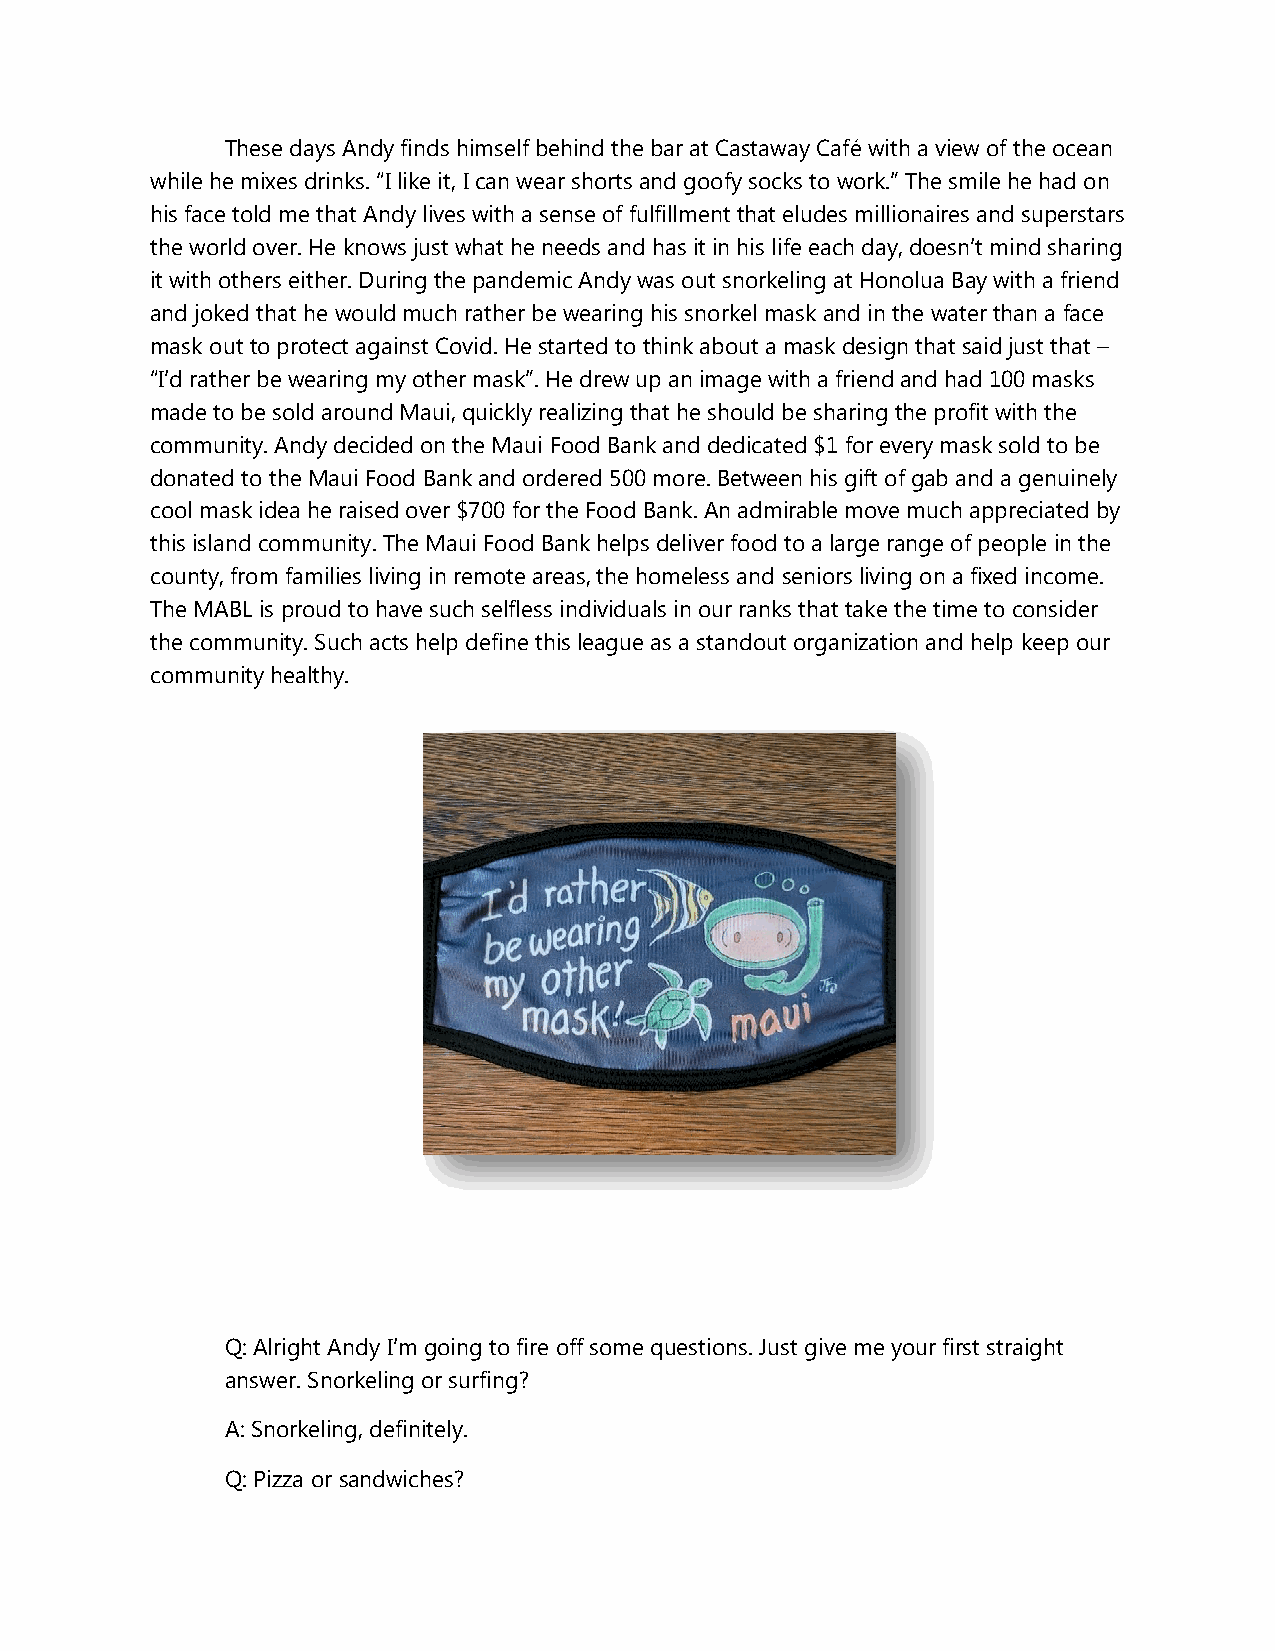
These days Andy finds himself behind the bar at Castaway Café with a view of the ocean
 while he mixes drinks. “I like it, I can wear shorts and goofy socks to work.” The smile he had on
 his face told me that Andy lives with a sense of fulfillment that eludes millionaires and superstars
 the world over. He knows just what he needs and has it in his life each day, doesn’t mind sharing
 it with others either. During the pandemic Andy was out snorkeling at Honolua Bay with a friend
 and joked that he would much rather be wearing his snorkel mask and in the water than a face
 mask out to protect against Covid. He started to think about a mask design that said just that –
 “I’d rather be wearing my other mask”. He drew up an image with a friend and had 100 masks
 made to be sold around Maui, quickly realizing that he should be sharing the profit with the
 community. Andy decided on the Maui Food Bank and dedicated $1 for every mask sold to be
 donated to the Maui Food Bank and ordered 500 more. Between his gift of gab and a genuinely
 cool mask idea he raised over $700 for the Food Bank. An admirable move much appreciated by
 this island community. The Maui Food Bank helps deliver food to a large range of people in the
 county, from families living in remote areas, the homeless and seniors living on a fixed income.
 The MABL is proud to have such selfless individuals in our ranks that take the time to consider
 the community. Such acts help define this league as a standout organization and help keep our
 community healthy.
 Q: Alright Andy I’m going to fire off some questions. Just give me your first straight
 answer. Snorkeling or surfing?
 A: Snorkeling, definitely.
 Q: Pizza or sandwiches?